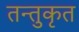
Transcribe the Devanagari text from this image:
तन्तुकृत